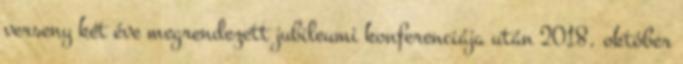
verseny két éve megrendezett jubileumi konferenciája után 2018. október